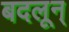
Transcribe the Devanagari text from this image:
बदलून्